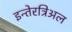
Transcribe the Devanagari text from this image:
इन्तेरत्रिअल